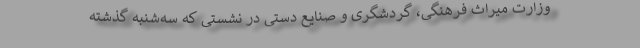
وزارت میراث فرهنگی، گردشگری و صنایع دستی در نشستی که سه‌شنبه گذشته